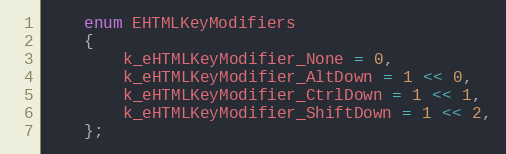
Language: C
	enum EHTMLKeyModifiers
	{
		k_eHTMLKeyModifier_None = 0,
		k_eHTMLKeyModifier_AltDown = 1 << 0,
		k_eHTMLKeyModifier_CtrlDown = 1 << 1,
		k_eHTMLKeyModifier_ShiftDown = 1 << 2,
	};